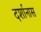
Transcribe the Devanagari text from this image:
दर्शानास